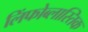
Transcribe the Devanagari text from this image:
लिंफोब्लास्तिक